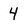
Character: 4